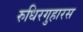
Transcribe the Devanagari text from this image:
रुधिरगुहारस